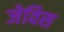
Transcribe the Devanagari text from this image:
जेविस